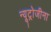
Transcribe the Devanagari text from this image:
न्यूट्रोजीना